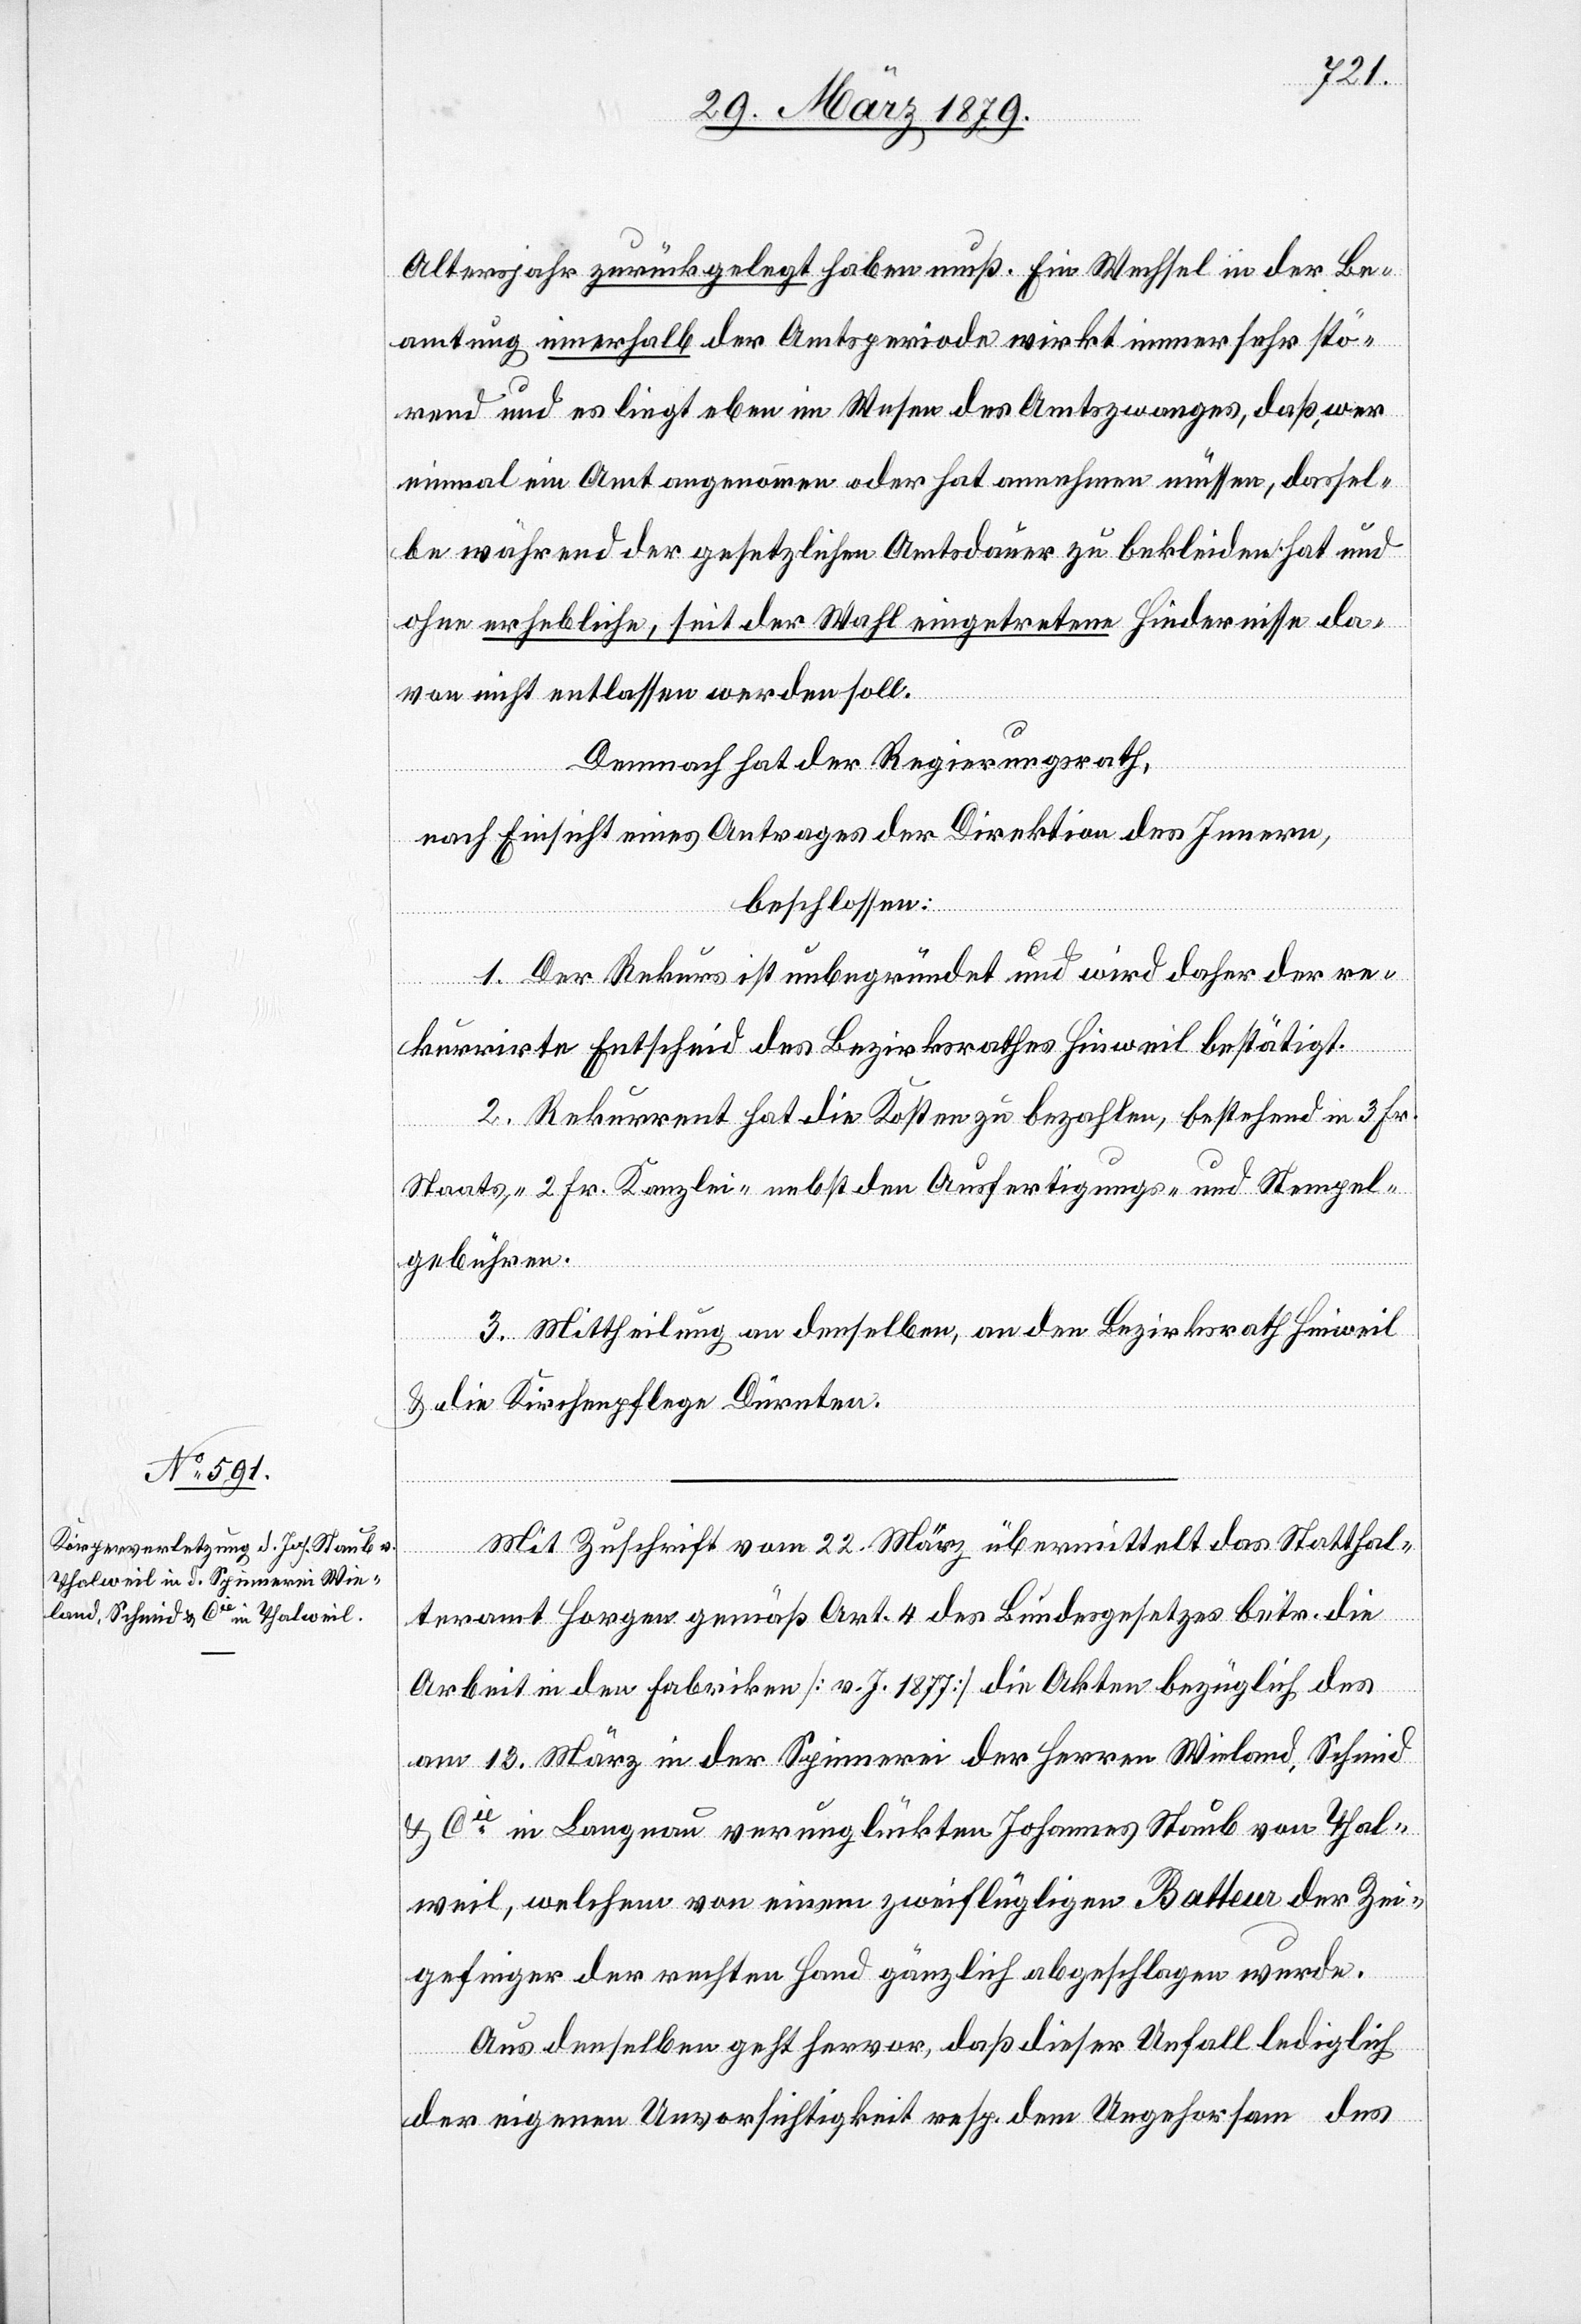
Altersjahr zurückgelegt haben muß. Ein Wechsel in der Be¬
amtung innerhalb der Amtsperiode wirkt immer sehr stö¬
rend und es liegt eben im Wesen des Amtszwanges, daß, wer
einmal ein Amt angenommen oder hat annehmen müssen, deshal¬
b während der gesetzlichen Amtsdauer zu bekleiden hat und
ohne erhebliche, seit der Wahl eingetretene Hindernisse da¬
von nicht entlassen werden soll.
Demnach hat der Regierungsrath,
nach Einsicht eines Antrages der Direktion des Innern,
beschlossen:
1. Der Rekurs ist unbegründet und wird daher der re¬
kurrirte Entscheid des Bezirksrathes Hinweil bestätigt.
2. Rekurrent hat die Kosten zu bezahlen, bestehend in 3 Fr.
Staats-, 2 Fr. Kanzlei nebst den Ausfertigungs- und Stempel¬
gebühren.
3. Mittheilung an denselben, an den Bezirksrath Hinweil
& die Kirchenpflege Dürnten.
Mit Zuschrift vom 22. März übermittelt das Statthal¬
teramt Horgen gemäß Art. 4 des Bundesgesetzes betr. die
Arbeit in den Fabriken [v. J. 1877] die Akten bezüglich des
am 13. März in der Spinnerei der Herren Wieland, Schmid
& Cie in Langnau [sic!] verunglükten Johannes Staub von Thal¬
weil, welchem von einem zweiflügligen Batteur der Zei¬
gefinger der rechten Hand gänzlich abgeschlagen wurde.
Aus denselben geht hervor, daß dieser Unfall lediglich
der eigenen Unvorsichtigkeit resp. Ungehorsam des